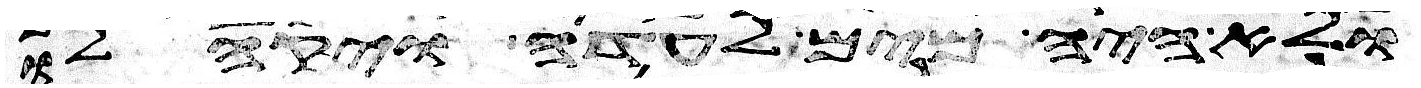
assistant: ולא היה מים לעדה ויקהלו